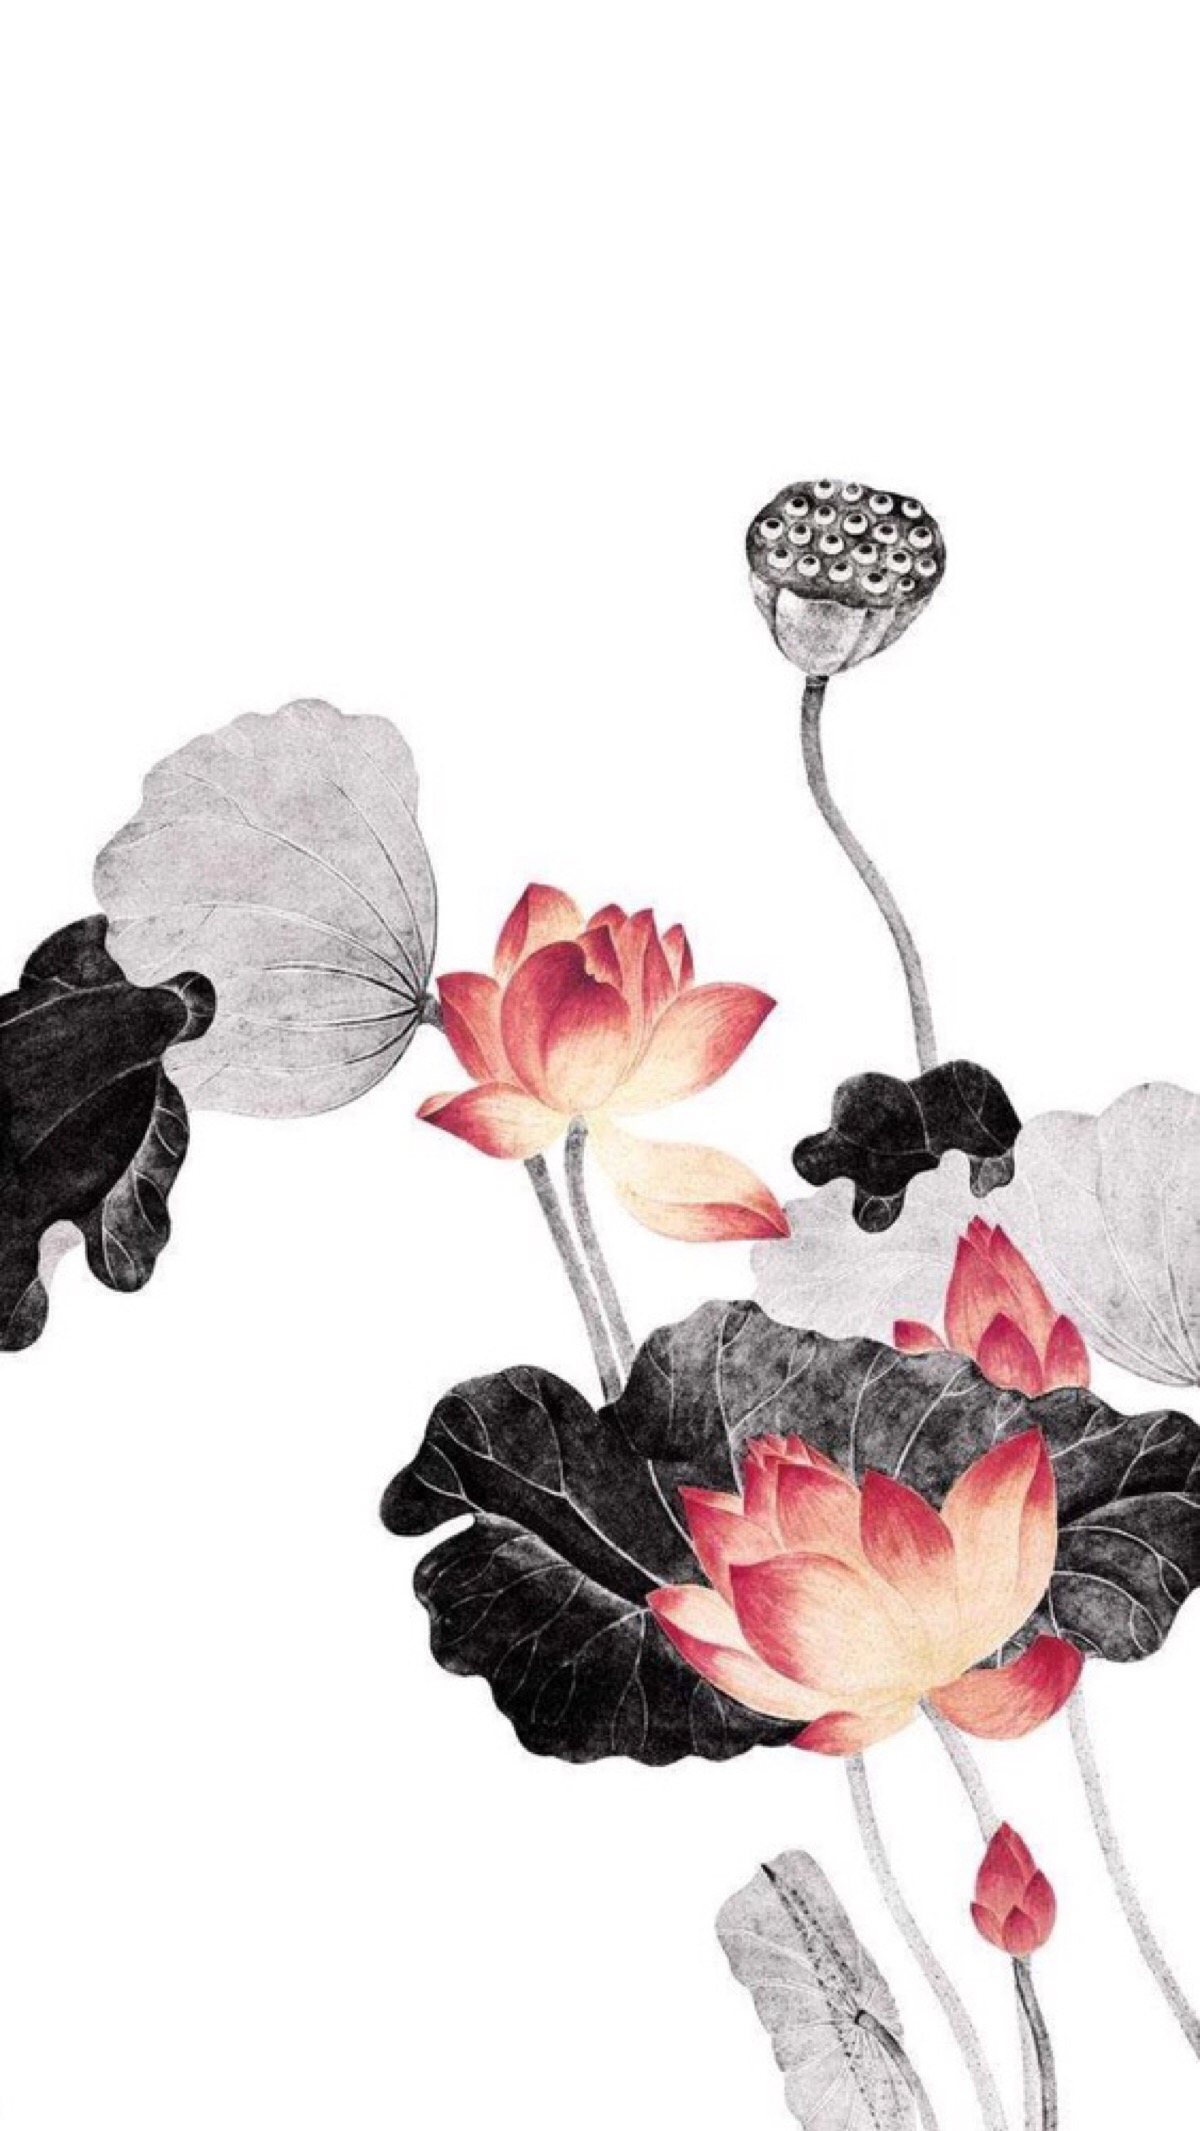
杨枝飘泊，桃根娇小，独自个思量。